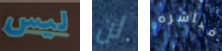
ليس لن مباشره